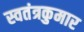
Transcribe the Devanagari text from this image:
स्वतंत्रकुमार